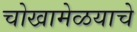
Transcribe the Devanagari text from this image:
चोखामेळयाचे